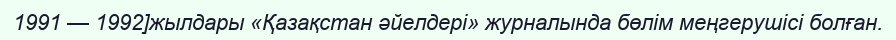
1991 — 1992]жылдары «Қазақстан әйелдері» журналында бөлім меңгерушісі болған.